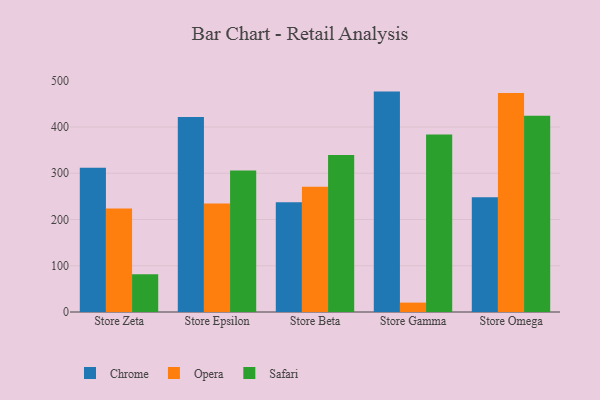
{"axis": {"x": "Store", "y": "Production Output"}, "legend": ["Chrome", "Opera", "Safari"], "data": [{"x": "Store Zeta", "y": 311.9, "type": "Chrome"}, {"x": "Store Zeta", "y": 224.0, "type": "Opera"}, {"x": "Store Zeta", "y": 81.5, "type": "Safari"}, {"x": "Store Epsilon", "y": 421.8, "type": "Chrome"}, {"x": "Store Epsilon", "y": 234.4, "type": "Opera"}, {"x": "Store Epsilon", "y": 305.8, "type": "Safari"}, {"x": "Store Beta", "y": 237.1, "type": "Chrome"}, {"x": "Store Beta", "y": 270.6, "type": "Opera"}, {"x": "Store Beta", "y": 339.4, "type": "Safari"}, {"x": "Store Gamma", "y": 476.6, "type": "Chrome"}, {"x": "Store Gamma", "y": 20.3, "type": "Opera"}, {"x": "Store Gamma", "y": 383.6, "type": "Safari"}, {"x": "Store Omega", "y": 248.3, "type": "Chrome"}, {"x": "Store Omega", "y": 473.6, "type": "Opera"}, {"x": "Store Omega", "y": 424.5, "type": "Safari"}]}